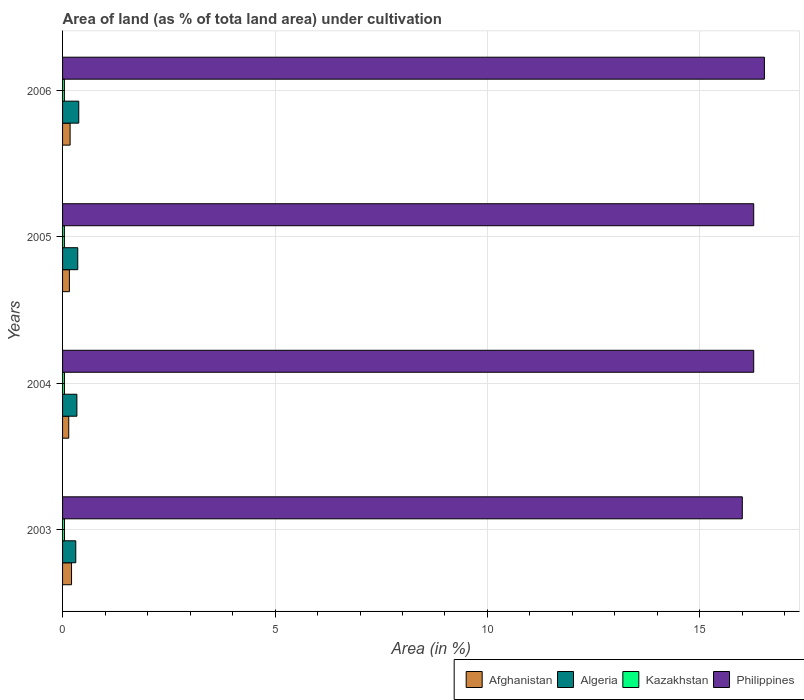
| Years | Afghanistan | Algeria | Kazakhstan | Philippines |
 | --- | --- | --- | --- | --- |
 | 2003 | 0.211 | 0.311 | 0.0451 | 16 |
 | 2004 | 0.146 | 0.337 | 0.0443 | 16.3 |
 | 2005 | 0.161 | 0.358 | 0.0429 | 16.3 |
 | 2006 | 0.178 | 0.381 | 0.0428 | 16.5 |